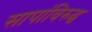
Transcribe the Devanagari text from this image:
सापांविरुद्ध